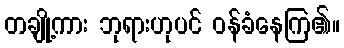
တချို့ကား ဘုရားဟုပင် ဝန်ခံနေကြ၏။